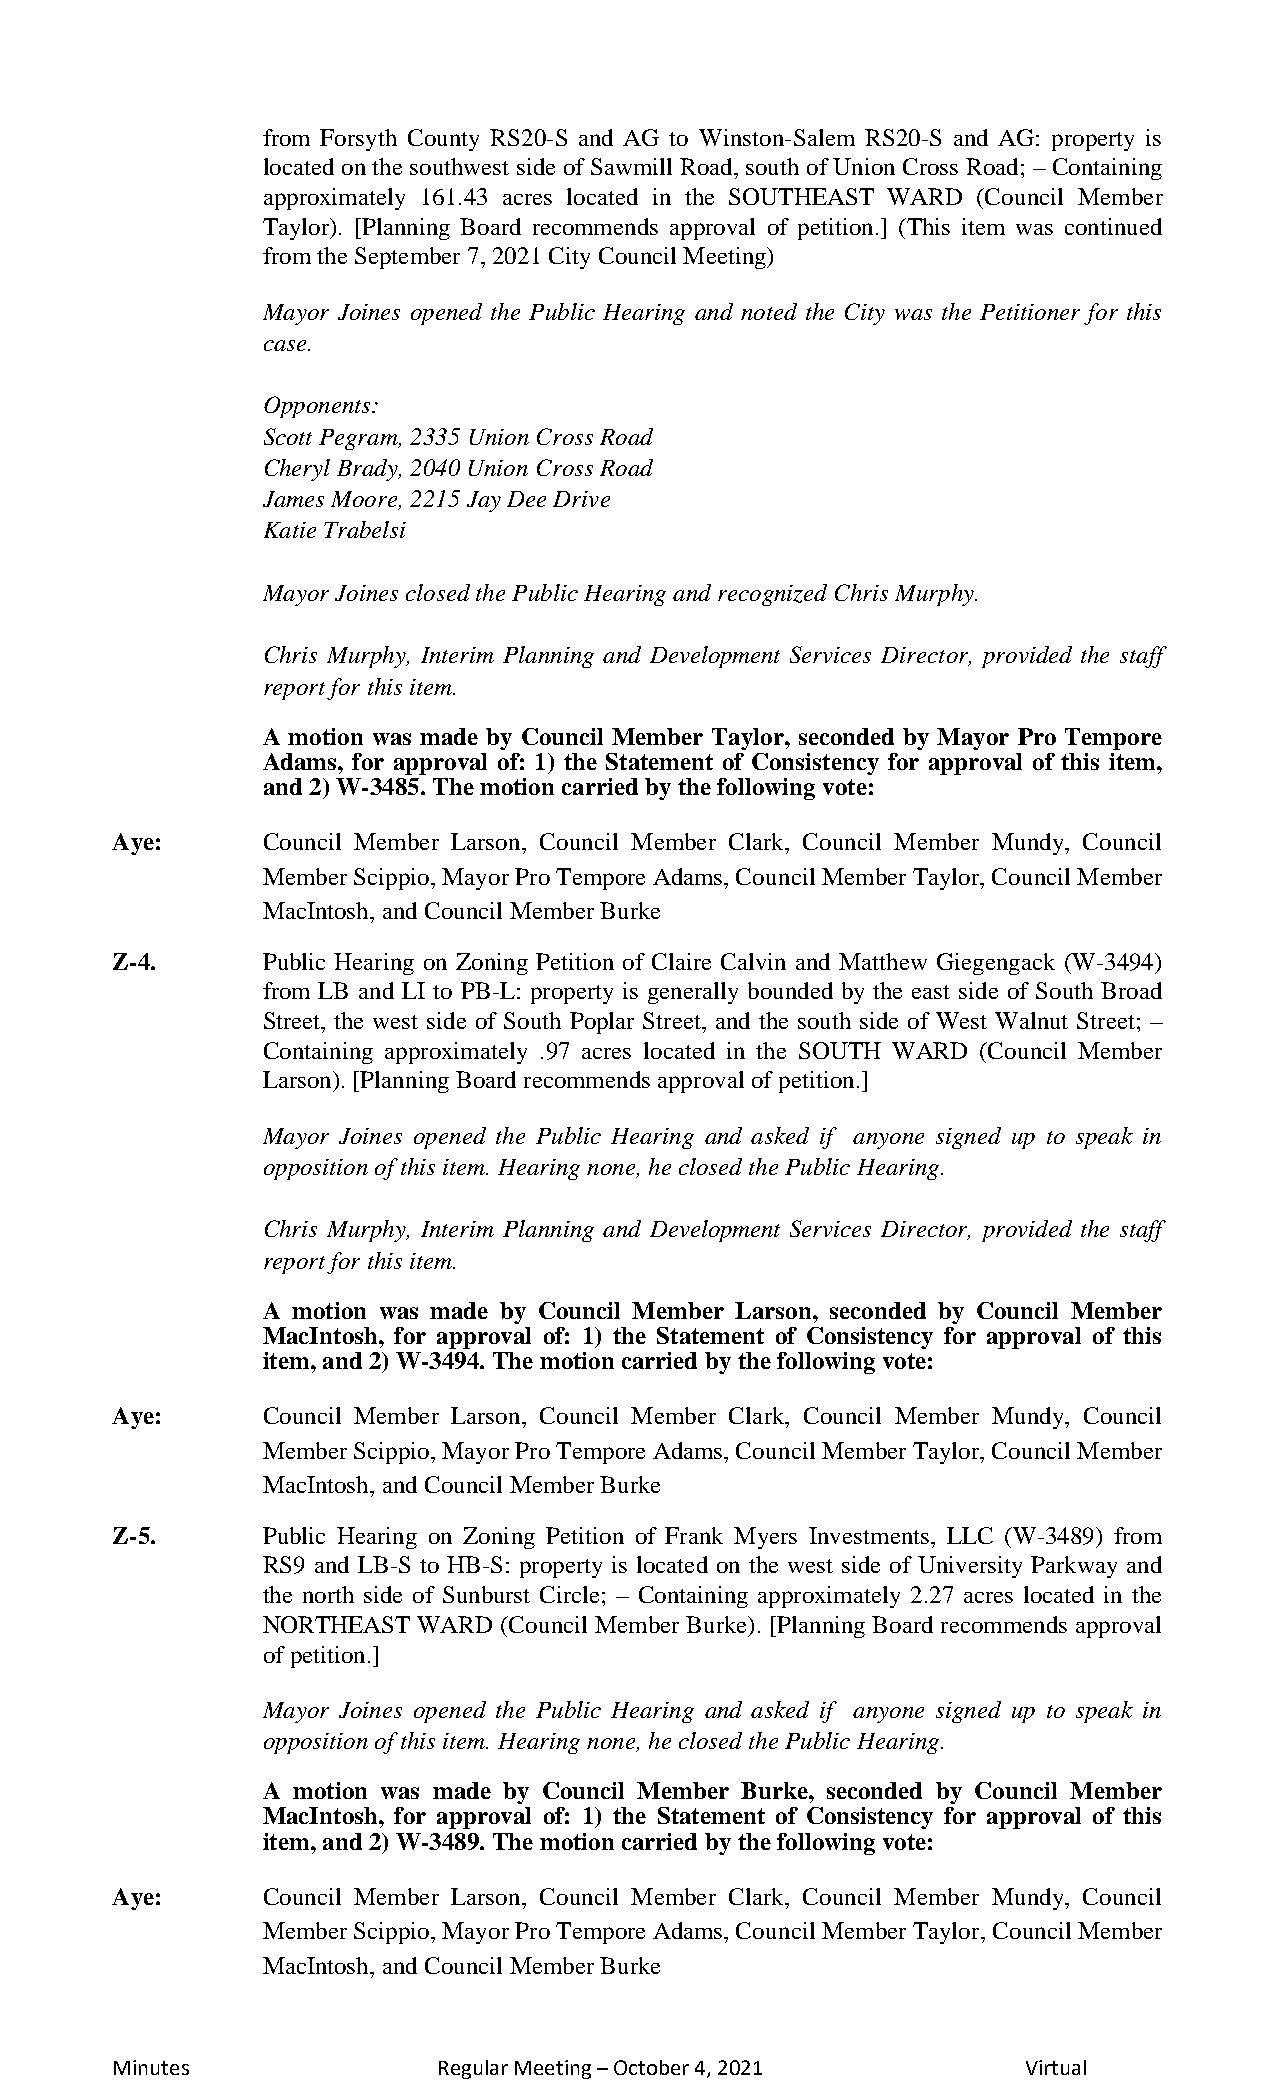
from Forsyth County RS20-S and AG to Winston-Salem RS20-S and AG: property is
 located on the southwest side of Sawmill Road, south of Union Cross Road; – Containing
 approximately 161.43 acres located in the SOUTHEAST WARD (Council Member
 Taylor). [Planning Board recommends approval of petition.] (This item was continued
 from the September 7, 2021 City Council Meeting)
 Mayor Joines opened the Public Hearing and noted the City was the Petitioner for this
 case.
 Opponents:
 Scott Pegram, 2335 Union Cross Road
 Cheryl Brady, 2040 Union Cross Road
 James Moore, 2215 Jay Dee Drive
 Katie Trabelsi
 Mayor Joines closed the Public Hearing and recognized Chris Murphy.
 Chris Murphy, Interim Planning and Development Services Director, provided the staff
 report for this item.
 A motion was made by Council Member Taylor, seconded by Mayor Pro Tempore
 Adams, for approval of: 1) the Statement of Consistency for approval of this item,
 and 2) W-3485. The motion carried by the following vote:
 Aye:      Council Member Larson, Council Member Clark, Council Member Mundy, Council
 Member Scippio, Mayor Pro Tempore Adams, Council Member Taylor, Council Member
 MacIntosh, and Council Member Burke
 Z-4.      Public Hearing on Zoning Petition of Claire Calvin and Matthew Giegengack (W-3494)
 from LB and LI to PB-L: property is generally bounded by the east side of South Broad
 Street, the west side of South Poplar Street, and the south side of West Walnut Street; –
 Containing approximately .97 acres located in the SOUTH WARD (Council Member
 Larson). [Planning Board recommends approval of petition.]
 Mayor Joines opened the Public Hearing and asked if anyone signed up to speak in
 opposition of this item. Hearing none, he closed the Public Hearing.
 Chris Murphy, Interim Planning and Development Services Director, provided the staff
 report for this item.
 A motion was made by Council Member Larson, seconded by Council Member
 MacIntosh, for approval of: 1) the Statement of Consistency for approval of this
 item, and 2) W-3494. The motion carried by the following vote:
 Aye:      Council Member Larson, Council Member Clark, Council Member Mundy, Council
 Member Scippio, Mayor Pro Tempore Adams, Council Member Taylor, Council Member
 MacIntosh, and Council Member Burke
 Z-5.      Public Hearing on Zoning Petition of Frank Myers Investments, LLC (W-3489) from
 RS9 and LB-S to HB-S: property is located on the west side of University Parkway and
 the north side of Sunburst Circle; – Containing approximately 2.27 acres located in the
 NORTHEAST  WARD (Council Member Burke). [Planning Board recommends approval
 of petition.]
 Mayor Joines opened the Public Hearing and asked if anyone signed up to speak in
 opposition of this item. Hearing none, he closed the Public Hearing.
 A motion was made by Council Member Burke, seconded by Council Member
 MacIntosh, for approval of: 1) the Statement of Consistency for approval of this
 item, and 2) W-3489. The motion carried by the following vote:
 Aye:      Council Member Larson, Council Member Clark, Council Member Mundy, Council
 Member Scippio, Mayor Pro Tempore Adams, Council Member Taylor, Council Member
 MacIntosh, and Council Member Burke
 Minutes               Regular Meeting – October 4, 2021      Virtual